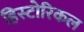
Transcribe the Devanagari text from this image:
हिस्‍टोरिकल